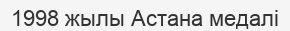
1998 жылы Астана медалі